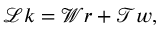
\mathcal { L } k = \mathcal { W } r + \mathcal { T } w ,